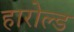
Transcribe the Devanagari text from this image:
हारोल्ड